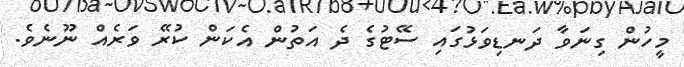
މީހުން ގިނަވާ ދަނޑިވަޅުގައި ސޭޓުގެ ދެ އަތުން އެކަން ކުރޭ ވަރެއް ނޫނެވެ.